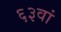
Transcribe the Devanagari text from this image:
६३वां